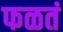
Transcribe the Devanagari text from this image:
फळतं